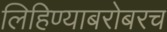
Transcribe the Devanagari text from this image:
लिहिण्याबरोबरच